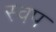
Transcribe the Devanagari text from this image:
स्वप